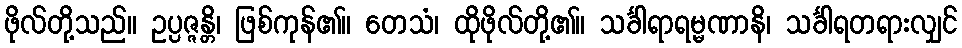
ဖိုလ်တို့သည်။ ဥပ္ပဇ္ဇန္တိ၊ ဖြစ်ကုန်၏။ တေသံ၊ ထိုဖိုလ်တို့၏။ သင်္ခါရာရမ္မဏာနိ၊ သင်္ခါရတရားလျှင်